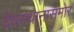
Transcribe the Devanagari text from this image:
देवस्थानासमोर